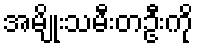
အမျိုးသမီးတဦးကို